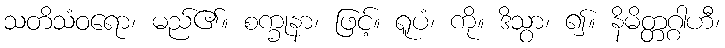
သတိသံဝရော၊ မည်၏။ စက္ခုနာ၊ ဖြင့်။ ရူပံ၊ ကို။ ဒိသွာ၊ ၍။ နိမိတ္တဂ္ဂါဟီ၊